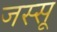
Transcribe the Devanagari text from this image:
जस्सू